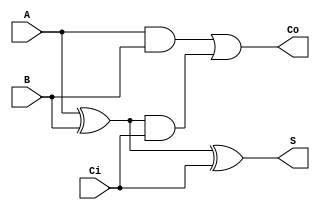

module lab001(
input A,
input B,
input Ci,
output S,
output Co

);

wire xor_1;
wire and_1;
wire and_2;

assign xor_1 = A^B;
assign and_1 = A&B;
assign and_2 = xor_1 & Ci;

assign S = xor_1 ^Ci;
assign Co = and_1 | and_2;

endmodule